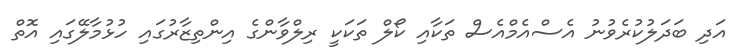
އަދި ބަދަލުކުރެވުނު އެސްއެމްއެސް ތަކާއި ކޯލް ތަކަކީ ރިލްވާންގެ އިންތިޒާރުގައި ހުޅުމާލޭގައި އޮތް